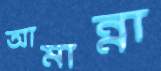
আমান্না